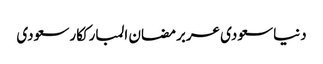
دنیاسعودی عربرمضان المبارککارسعودی